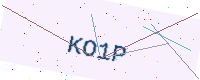
Text: KO1P